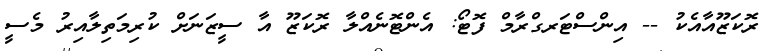
ރޮކަޒޫއާއެކު -- އިންސްޓަރގްރާމް ފޮޓޯ: އެންޓޮނެއްލާ ރޮކަޒޫ އާ ސީޒަނަަށް ކުރިމަތިލާއިރު މެސީ